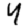
Digit: 4